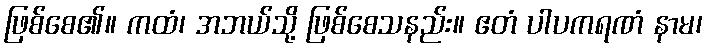
ဖြစ်စေ၏။ ကထံ၊ အဘယ်သို့ ဖြစ်စေသနည်း။ ဧတံ ပါပကရဏံ နာမ၊